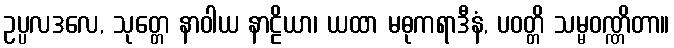
ဥပ္ပလဒလေ, သုတ္တေ နာဝါယ နာဠိယာ၊ ယထာ မဓုကရာဒီနံ, ပဝတ္တိ သမ္မဝဏ္ဏိတာ။